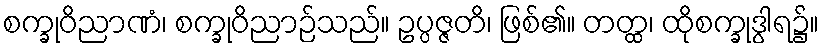
စက္ခုဝိညာဏံ၊ စက္ခုဝိညာဉ်သည်။ ဥပ္ပဇ္ဇတိ၊ ဖြစ်၏။ တတ္ထ၊ ထိုစက္ခုဒွါရ၌။